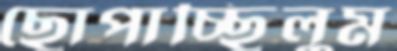
ছোপাচ্ছিলুম